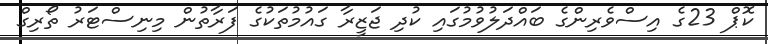
ކޮޕް 23ގެ އިސްވެރިންގެ ބައްދަލުވުމުގައި ކުދި ޖަޒީރާ ގައުމުތަކުގެ ފަރާތުން މިނިސްޓަރު ތޯރިގް